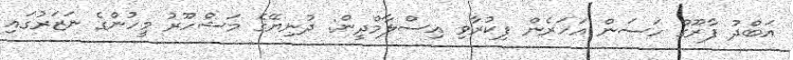
އަބްދު ފާރޫގް ހަސަން އަހަރެން ފިކުރާވި އިސްލާމްދީން: ދުނިޔޭގެ މަޝްހޫރު މީހުންގެ ނަޒަރުގައި